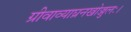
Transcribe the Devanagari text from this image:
ग्रीवाव्याघ्रनखोज्जुलः।